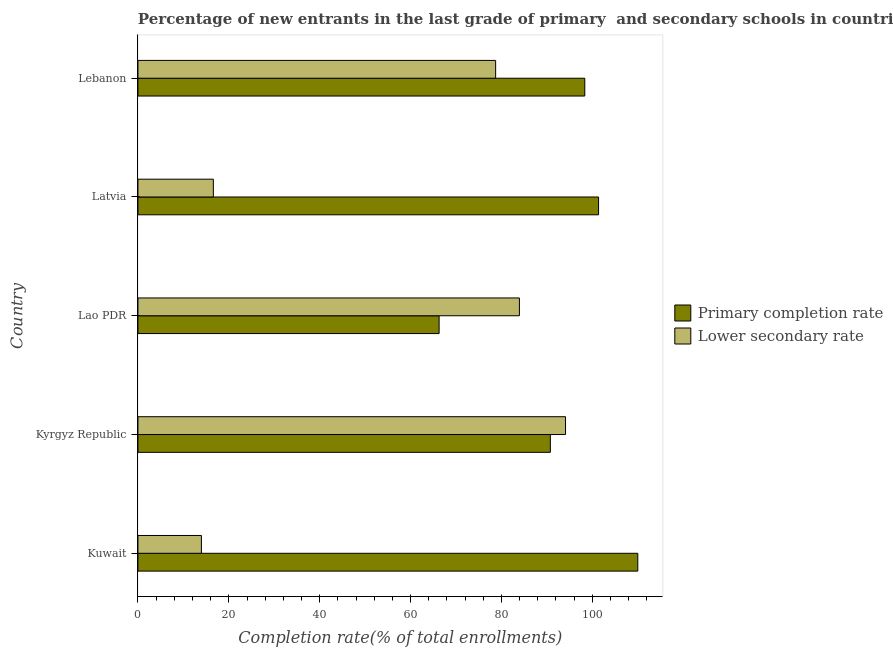
| Country | Primary completion rate | Lower secondary rate |
 | --- | --- | --- |
 | Kuwait | 110 | 14 |
 | Kyrgyz Republic | 90.8 | 94.1 |
 | Lao PDR | 66.3 | 84 |
 | Latvia | 101 | 16.6 |
 | Lebanon | 98.4 | 78.7 |